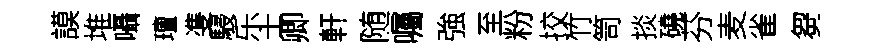
謨堆囁璮㕠駸乐士卿軒随囑強至粉挍竹笥掞磽芬麦雀芻